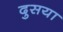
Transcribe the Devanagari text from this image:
दुसया